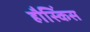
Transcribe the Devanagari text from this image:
हौस्किंस